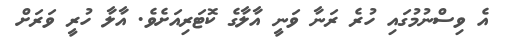
އެ ވިސްނުމުގައި ހުރެ ރަނާ ވަނީ އާލާގެ ކޮޓަރިއަށެވެ. އާލާ ހުރީ ވަރަށް